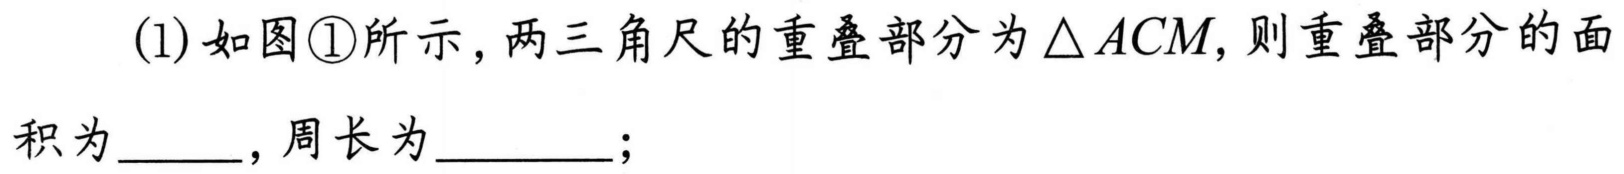
(1) 如图\textcircled{1}所示，两三角尺的重叠部分为\(\triangle ACM\)，则重叠部分的面
积为  ，周长为  ；